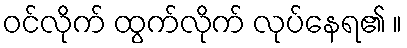
ဝင်လိုက် ထွက်လိုက် လုပ်နေရ၏ ။